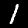
Label: 1